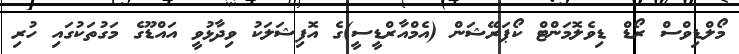
މޯލްޑިވްސް ރޯޑް ޑިވެލޮމަންޓް ކޯޕަރޭޝަން (އެމްއާރްޑީސީ)ގެ އޮފިޝަލަކު ވިދާޅުވީ އައްޑޫގެ މަގުތަކުގައި ހުރި